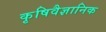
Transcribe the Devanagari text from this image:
कृषिवैज्ञानिक